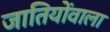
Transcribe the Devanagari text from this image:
जातियोंवाला